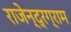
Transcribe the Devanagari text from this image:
राजेन्द्रग्राम